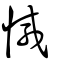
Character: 憾